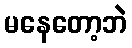
မနေတော့ဘဲ